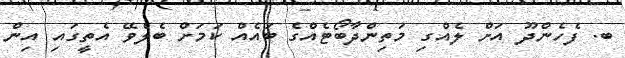
ބ. ފެހެންދޫ އަށް ލެއްގި މަތިންދާބޯޓެއްގެ ބައެއް ކަމަށް ބެލެވޭ އެތީގައި އިން